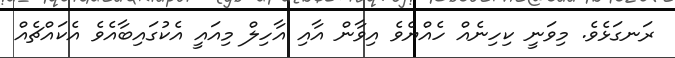
ރަނގަޅެވެ. މިވަނީ ކިހިނެއް ހެއްޔެވެ އިވާން އާއި އާހިލް މިއައީ އެކުގައިބާއެވެ އެކައްޗެއް